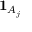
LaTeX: { \mathbf { 1 } } _ { A _ { j } }